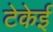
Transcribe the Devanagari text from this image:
टेकेई